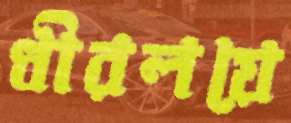
ধীরলয়ে